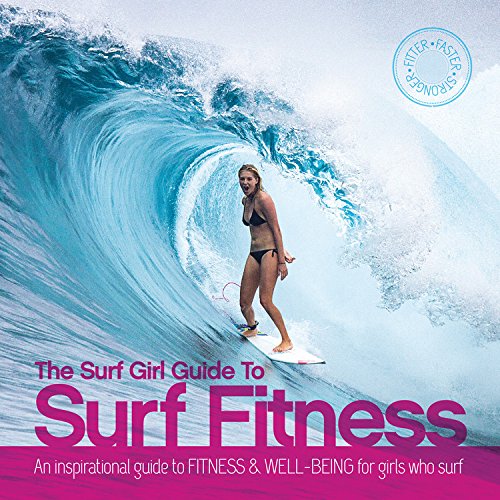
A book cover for The Surf Girl Fitness Handbook: An Inspirational Guide to Fitness and Well-being for Girls Who Surf; Lee Stanbury; Sports & Outdoors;